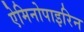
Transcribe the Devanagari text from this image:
ऐमिनोपाइरिन